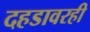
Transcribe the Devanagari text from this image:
दहडावरही